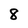
Character: 8